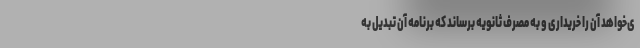
ی‌خواهد آن را خریداری و به مصرف ثانویه برساند که برنامه آن تبدیل به